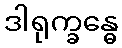
ဒါရုက္ခန္ဓေ